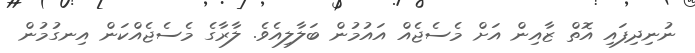
ނުނިދިފައި އޮތް ޒާއިން އަށް މެސެޖެއް އައުމުން ބަލާލިއެވެ. ލާރާގެ މެސެޖެއްކަން އިނގުމުން